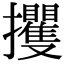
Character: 攫